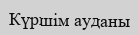
Күршім ауданы